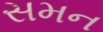
સમન